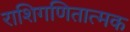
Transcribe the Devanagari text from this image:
राशिगणितात्मक